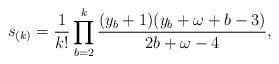
LaTeX: \begin{align*} &s_{(k)}=\frac1{k!}\prod_{b=2}^k\frac{(y_b+1)(y_b+\omega+b-3)}{2b+\omega-4}, \end{align*}